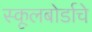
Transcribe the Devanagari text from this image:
स्कूलबोर्डाचे